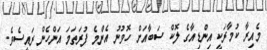
މެއިރާ ކުމާރަކީ އިންޑިއާގެ ލޮކް ސަބާއަށް ހޮވުނު އެންމެ ފުރަތަމަ އަންހެން ރައީސެވެ.